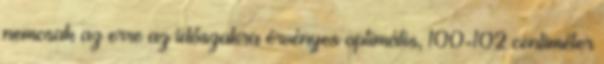
nemcsak az erre az időszakra érvényes optimális, 100-102 centiméter